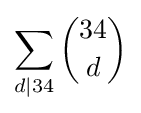
\sum _{d|34}{\binom {34}{d}}